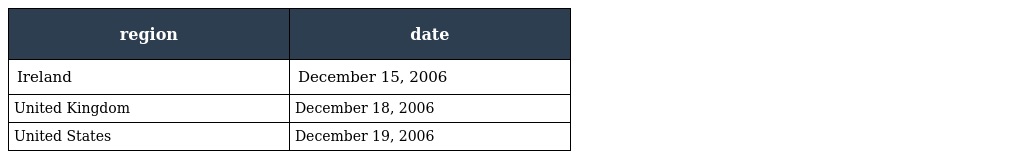
| region | date |
 | --- | --- |
 | Ireland | December 15, 2006 |
 | United Kingdom | December 18, 2006 |
 | United States | December 19, 2006 |